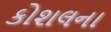
કોશલના